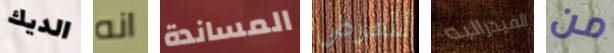
الديك انه المساندة للعرض الفيدراليه من